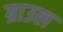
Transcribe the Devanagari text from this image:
ग्राउल